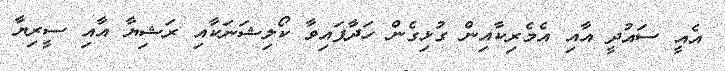
އެއީ ސައުދީ އާއި އެމެރިކާއިން ގުޅިގެން ހަދާފައިވާ ކޯލިޝަނަކާއި ރަޝިޔާ އާއި ސީރިޔާ